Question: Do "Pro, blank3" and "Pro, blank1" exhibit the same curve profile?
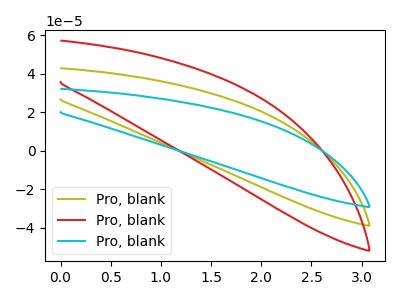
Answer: <think>The olive curve "Pro, blank1" has no peaks. The red curve "Pro, blank2" has no peaks. The cyan curve "Pro, blank3" has no peaks.
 Neither "Pro, blank3" or "Pro, blank1" have any peaks.</think>
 <answer>"Pro, blank3" and "Pro, blank1" are similar in shape.</answer>
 <eval>same_shape</eval>